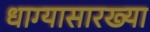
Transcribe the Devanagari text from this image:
धाग्यासारख्या